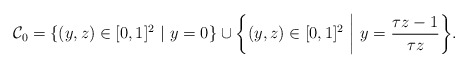
\begin{align*} \mathcal{C}_0 =\{ (y,z)\in [0,1]^2 \ |\ y=0\} \cup \bigg\{ (y,z)\in [0,1]^2 \ \bigg|\ y= \frac{\tau z-1}{\tau z} \bigg\}.\end{align*}